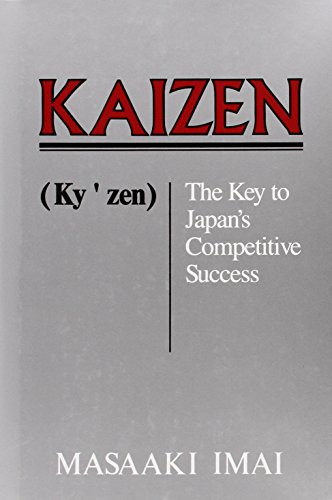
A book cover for Kaizen: The Key To Japan's Competitive Success; Masaaki Imai; Business & Money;